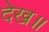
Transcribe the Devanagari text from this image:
देख॥